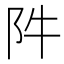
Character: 𨸡